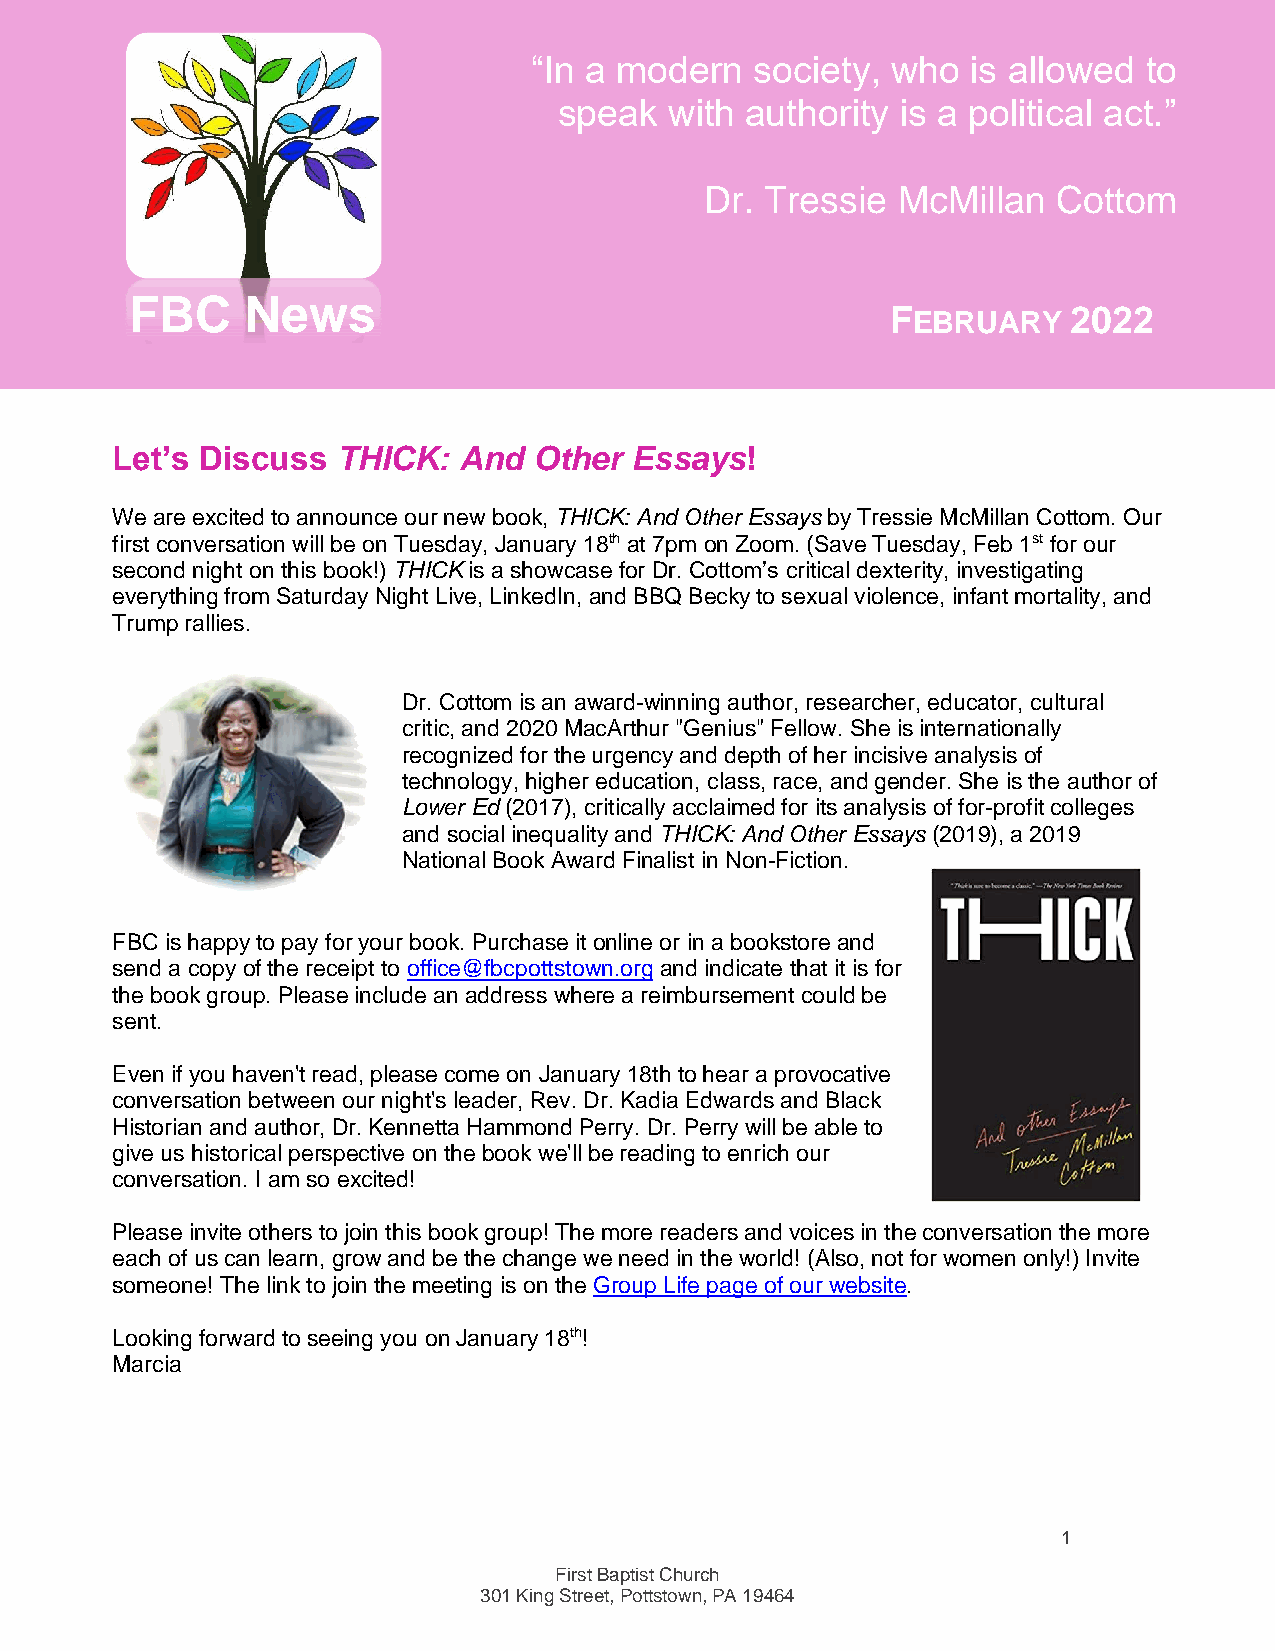
“In a modern   society, who  is allowed  to
 speak  with authority  is a political act.”
 Dr. Tressie McMillan   Cottom
 FBC    News
 FEBRUARY    2022
 Let’s Discuss  THICK:  And  Other  Essays!
 We are excited to announce our new book, THICK: And Other Essays by Tressie McMillan Cottom. Our
 first conversation will be on Tuesday, January 18th at 7pm on Zoom. (Save Tuesday, Feb 1st for our
 second night on this book!) THICK is a showcase for Dr. Cottom’s critical dexterity, investigating
 everything from Saturday Night Live, LinkedIn, and BBQ Becky to sexual violence, infant mortality, and
 Trump rallies.
 Dr. Cottom is an award-winning author, researcher, educator, cultural
 critic, and 2020 MacArthur "Genius" Fellow. She is internationally
 recognized for the urgency and depth of her incisive analysis of
 technology, higher education, class, race, and gender. She is the author of
 Lower Ed (2017), critically acclaimed for its analysis of for-profit colleges
 and social inequality and THICK: And Other Essays (2019), a 2019
 National Book Award Finalist in Non-Fiction.
 FBC is happy to pay for your book. Purchase it online or in a bookstore and
 send a copy of the receipt to office@fbcpottstown.org and indicate that it is for
 the book group. Please include an address where a reimbursement could be
 sent.
 Even if you haven't read, please come on January 18th to hear a provocative
 conversation between our night's leader, Rev. Dr. Kadia Edwards and Black
 Historian and author, Dr. Kennetta Hammond Perry. Dr. Perry will be able to
 give us historical perspective on the book we'll be reading to enrich our
 conversation. I am so excited!
 Please invite others to join this book group! The more readers and voices in the conversation the more
 each of us can learn, grow and be the change we need in the world! (Also, not for women only!) Invite
 someone! The link to join the meeting is on the Group Life page of our website.
 Looking forward to seeing you on January 18th!
 Marcia
 1
 First Baptist Church
 301 King Street, Pottstown, PA 19464